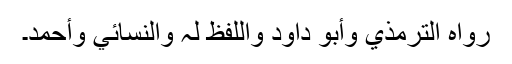
رَوَاہُ التِّرْمِذِيُّ وَأَبُوْ دَاوُدَ وَاللَّفْظُ لَہٗ وَالنَّسَائِيُّ وَأَحْمَدُ۔